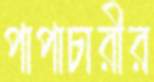
পাপাচারীর